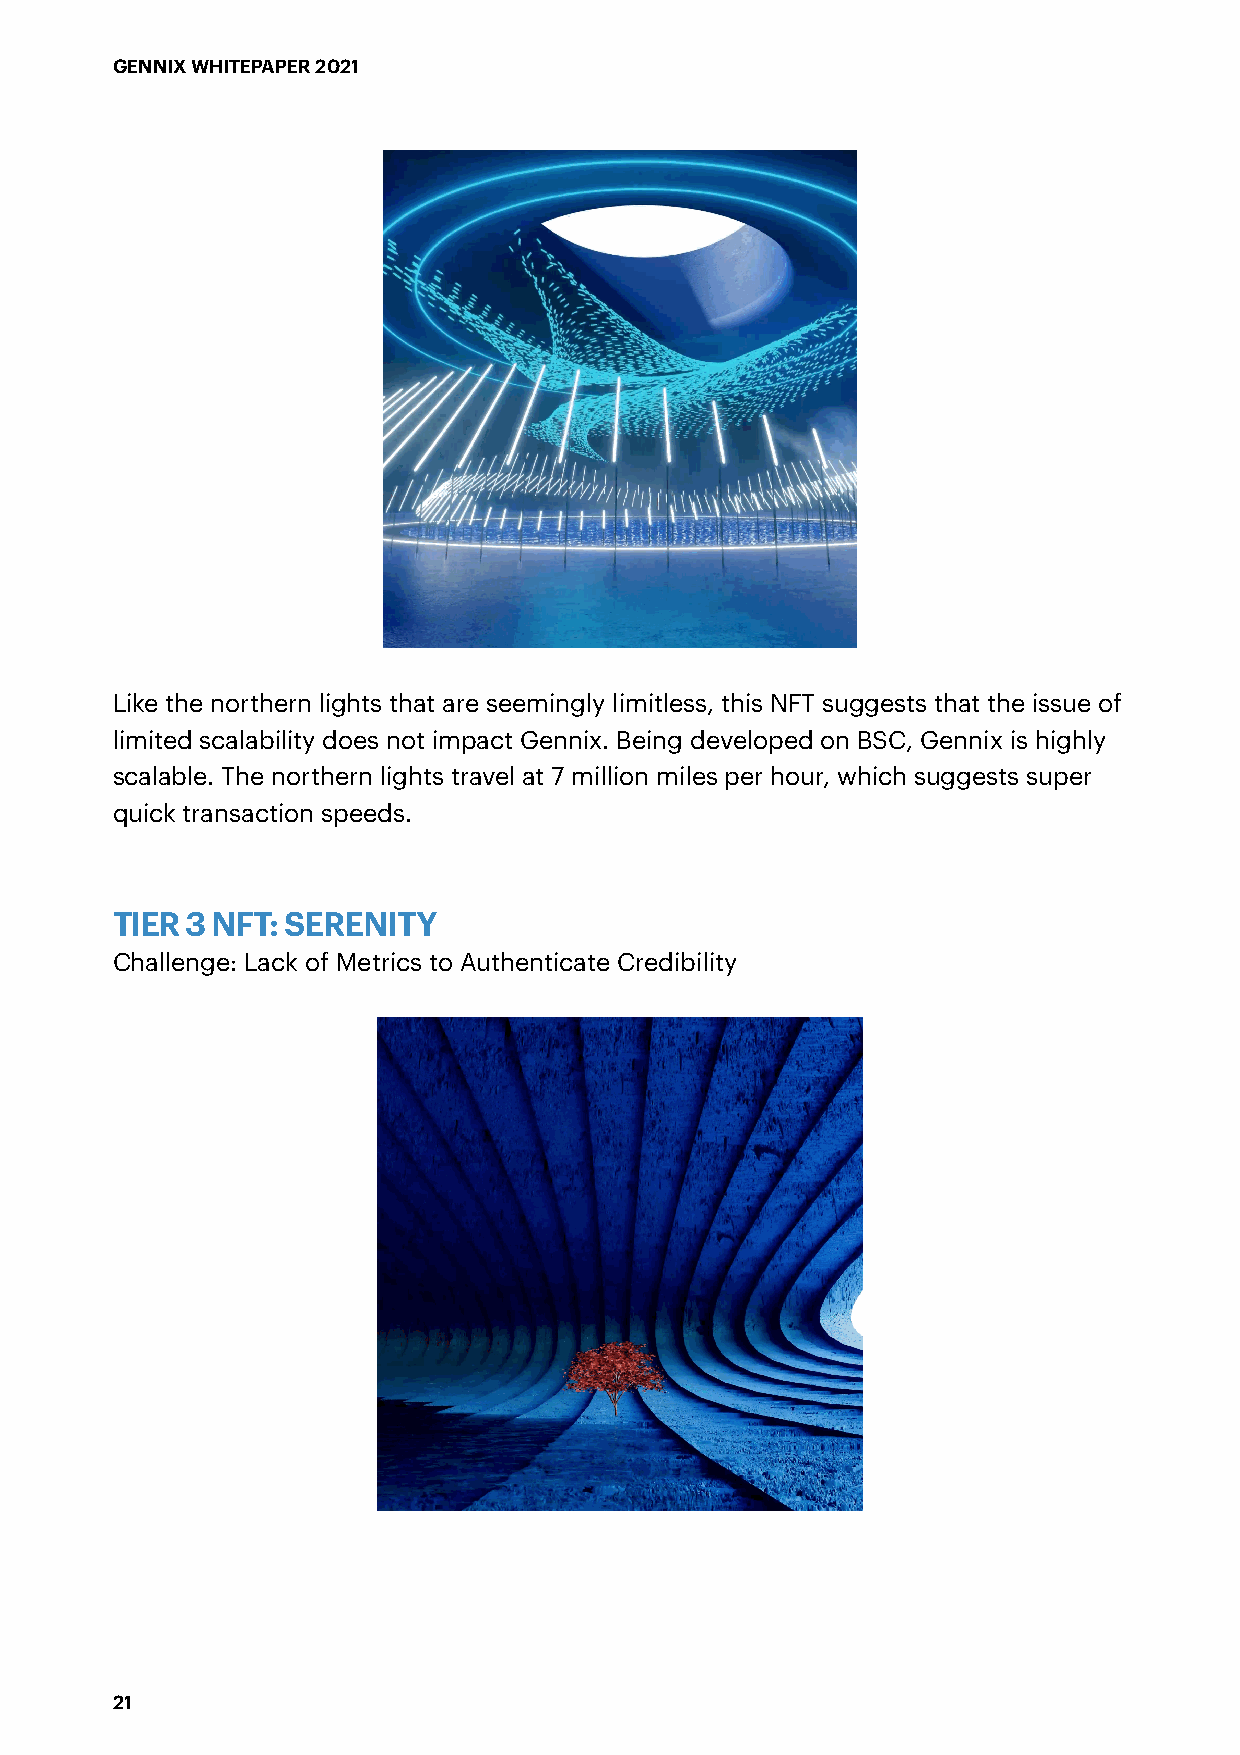
GENNIX WHITEPAPER 2021
 Like the northern lights that are seemingly limitless, this NFT suggests that the issue of
 limited scalability does not impact Gennix. Being developed on BSC, Gennix is highly
 scalable. The northern lights travel at 7 million miles per hour, which suggests super
 quick transaction speeds.
 TIER 3 NFT: SERENITY
 Challenge: Lack of Metrics to Authenticate Credibility
 21